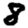
Digit: 8